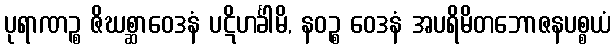
ပုရာဏဉ္စ ဇိဃစ္ဆာဝေဒနံ ပဋိဟင်္ခါမိ, နဝဉ္စ ဝေဒနံ အပရိမိတဘောဇနပစ္စယံ